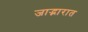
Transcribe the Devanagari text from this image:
जाद्भारात